Report on the working of the mental hospitals for Indians in Bihar and Orissa - 1925-1929
Year: 1925
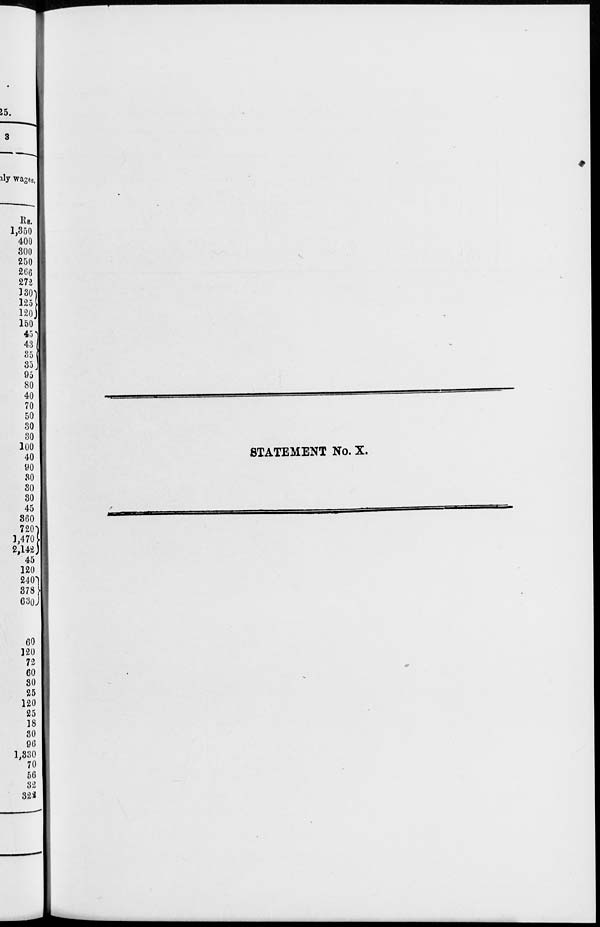
STATEMENT No. X.